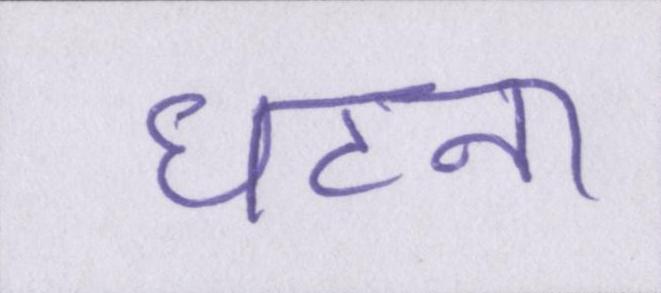
घटना